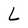
Character: L